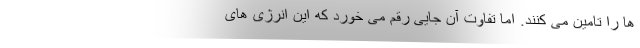
ها را تامین می کنند. اما تفاوت آن جایی رقم می خورد که این انرژی های